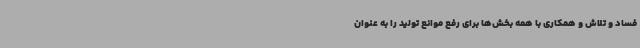
فساد و تلاش و همکاری با همه بخش‌ها برای رفع موانع تولید را به عنوان